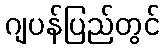
ဂျပန်ပြည်တွင်